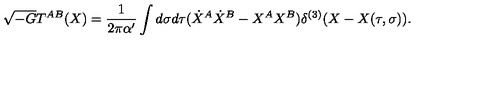
\sqrt { - G } T ^ { A B } ( X ) = \frac { 1 } { 2 \pi \alpha ^ { \prime } } \int d \sigma d \tau ( \dot { X } ^ { A } \dot { X } ^ { B } - X ^ { A } X ^ { B } ) \delta ^ { ( 3 ) } ( X - X ( \tau , \sigma ) ) .